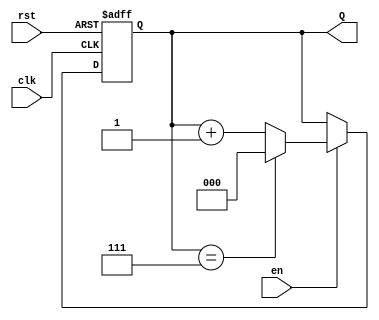
module UpCounter(
    input wire clk,     // Clock input
    input wire rst,     // Asynchronous reset
    input wire en,      // Enable input
    output reg [n-1:0] Q // Count output
);
    // Parameter for n (number of bits in the counter)
    parameter n = 3; // You can modify this value for more bits, e.g., 4 for a 4-bit counter
    
    // Always block for counting
    always @(posedge clk or posedge rst) begin
        if (rst) begin
            Q <= 0; // Reset the counter to 0
        end
        else if (en) begin
            // Increment the count
            if (Q == (2**n - 1)) begin
                Q <= 0; // Wrap-around to 0 if maximum value is reached
            end else begin
                Q <= Q + 1; // Increment the counter
            end
        end
        // If enable is low, maintain the current state (no need for a specific else clause)
    end
endmodule